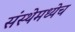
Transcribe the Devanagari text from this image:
संस्थेमध्येच